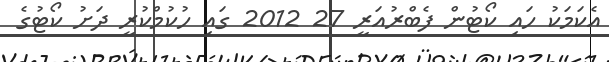
އެކަމަކު ހައި ކޯޓުން ފެބްރުއަރީ 27 2012 ގައި ހުކުމްކުރީ ދަށު ކޯޓުގެ